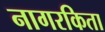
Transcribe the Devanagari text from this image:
नागरकिता